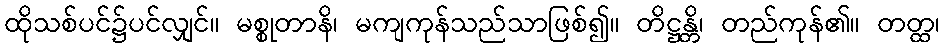
ထိုသစ်ပင်၌ပင်လျှင်။ မစ္စုတာနိ၊ မကျကုန်သည်သာဖြစ်၍။ တိဋ္ဌန္တိ၊ တည်ကုန်၏။ တတ္ထ၊